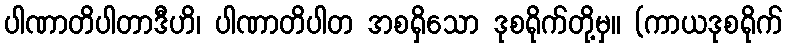
ပါဏာတိပါတာဒီဟိ၊ ပါဏာတိပါတ အစရှိသော ဒုစရိုက်တို့မှ။ (ကာယဒုစရိုက်